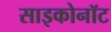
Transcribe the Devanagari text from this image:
साइकोनॉट